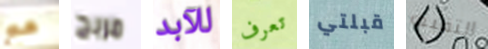
مع مربح للآبد تعرف قبلتي التقيته